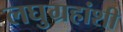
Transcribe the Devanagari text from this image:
लघुग्रहांशी